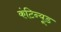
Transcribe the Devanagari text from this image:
कंटिन्यूड